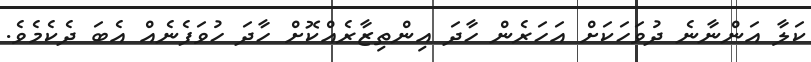
ކަލާ އަންނާނެ ދުވަހަކަށް އަހަރެން ހާދަ އިންތިޒާރެއްކޮށް ހާދަ ހުވަފެނެއް އެބަ ދެކެމެވެ.